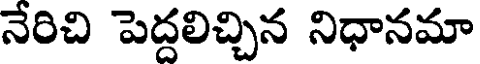
నేరిచి పెద్దలిచ్చిన నిధానమా